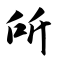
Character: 所